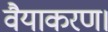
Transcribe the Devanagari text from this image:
वैयाकरण।